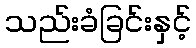
သည်းခံခြင်းနှင့်